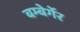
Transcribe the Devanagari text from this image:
बम्बेर्गेर